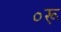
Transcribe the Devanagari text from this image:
०रू